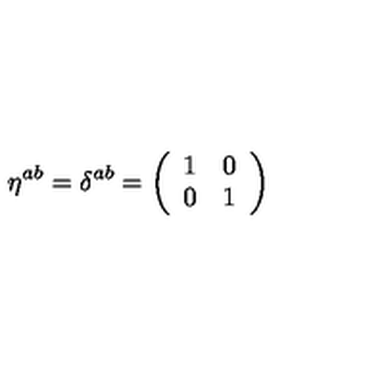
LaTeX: \eta ^ { a b } = \delta ^ { a b } = \left( \begin{array} { c c } { 1 } & { 0 } \\ { 0 } & { 1 } \\ \end{array} \right)